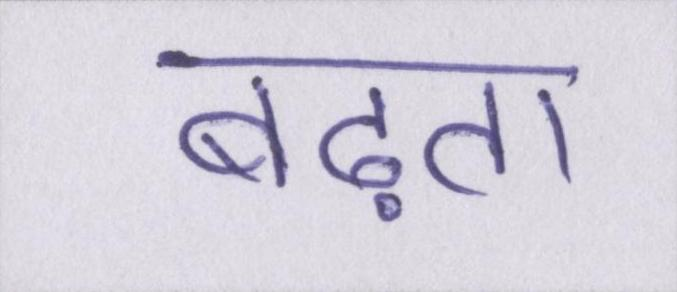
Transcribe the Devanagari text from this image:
बढ़ता